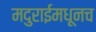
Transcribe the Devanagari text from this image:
मदुराईमधूनच